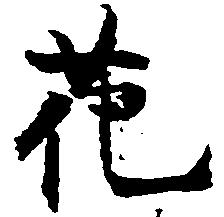
花